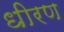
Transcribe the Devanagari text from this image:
धीरण